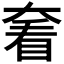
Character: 𡙍